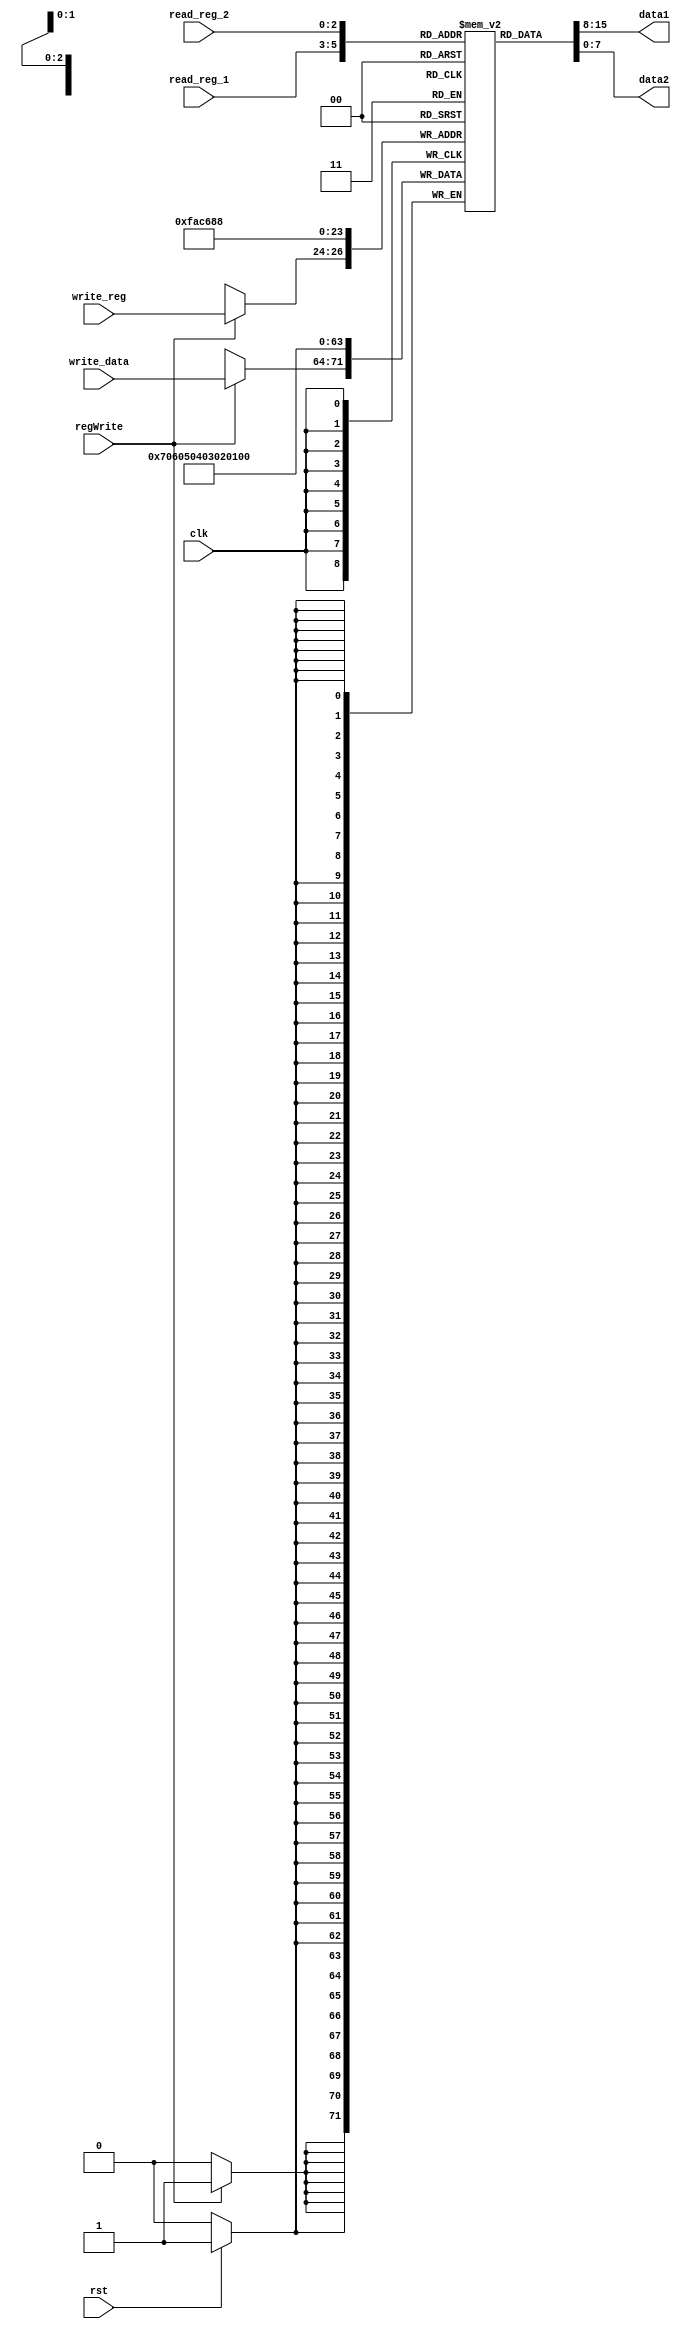
`timescale 1ns / 1ps
//////////////////////////////////////////////////////////////////////////////////
// Company: 
// Engineer: 
// 
// Design Name: 
// Module Name:    register_file 
// Project Name: 
// Target Devices: 
// Tool versions: 
// Description: 
//
// Dependencies: 
//
// Revision: 
// Revision 0.01 - File Created
// Additional Comments: 
//
//////////////////////////////////////////////////////////////////////////////////
module register_file(
    input [2:0] read_reg_1,
    input [2:0] read_reg_2,
    input [2:0] write_reg,
    input [7:0] write_data,
    input regWrite,
    input rst,
    input clk,
    output [7:0] data1,
    output [7:0] data2
    );
	 
	 reg [7:0] Reg [7:0];
	 always @(posedge clk)
	 begin
		if(rst == 1)
		begin
			Reg[0] <= 8'h01;
			Reg[1] <= 8'h01;
			Reg[2] <= 8'h02;
			Reg[3] <= 8'h03;
			Reg[4] <= 8'h04;
			Reg[5] <= 8'h05;
			Reg[6] <= 8'h06;
			Reg[7] <= 8'h07;
		end
		else
			begin
			end
		
		if(regWrite == 1)
			Reg[write_reg] <= write_data;
		
	 end
	 
	 assign data1 = Reg[read_reg_1];
	 assign data2 = Reg[read_reg_2];


endmodule